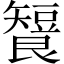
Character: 𬑶